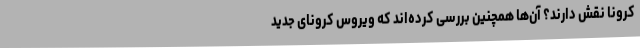
کرونا نقش دارند؟ آن‌ها همچنین بررسی کرده‌اند که ویروس کرونای جدید